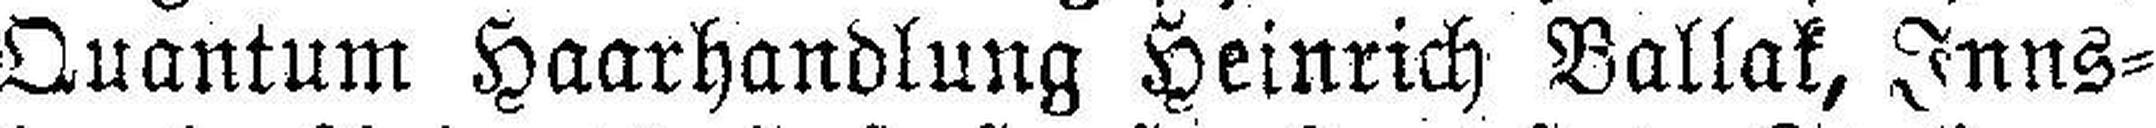
Quantum Haarhandlung Heinrich Ballak, Inns¬